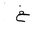
Letter: _gayn